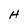
Character: H